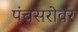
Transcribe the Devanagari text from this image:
पंचसरोवर